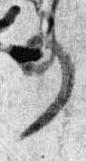
事